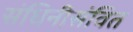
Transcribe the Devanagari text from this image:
संधिनीसंवित